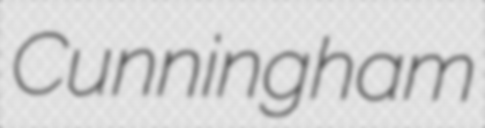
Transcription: Cunningham